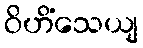
ဝိဟိံသေယျ